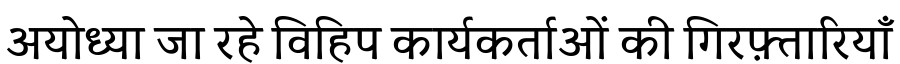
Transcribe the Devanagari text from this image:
अयोध्या जा रहे विहिप कार्यकर्ताओं की गिरफ़्तारियाँ